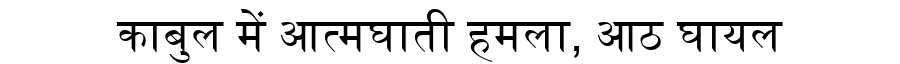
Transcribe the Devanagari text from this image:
काबुल में आत्मघाती हमला, आठ घायल